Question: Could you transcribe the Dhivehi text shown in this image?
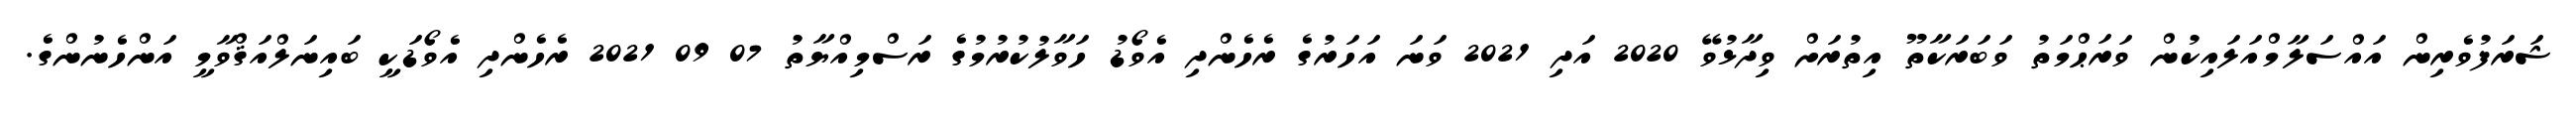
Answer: ޝަރަފުވެރިން އައްސަލާމްއަލައިކުން ވަރަޙްމަތު ވަބަރަކާތޫ އިތުރަށް ވިދާޅުވޭ 2020 އަދި 2021 ވަނަ އަހަރުގެ ރެހެންދި އެވޯޑު ހަވާލުކުރުމުގެ ރަސްމިއްޔާތު 07 09 2021 ރެހެންދި އެވޯޑަކީ ބައިނަލްއަޤްވާމީ އަންހެނުންގެ.